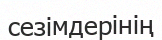
сезімдерінің